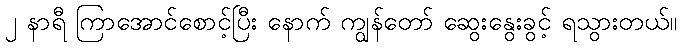
၂ နာရီ ကြာအောင်စောင့်ပြီး နောက် ကျွန်တော် ဆွေးနွေးခွင့် ရသွားတယ်။